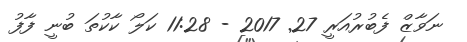
ނަވާޒް ފެބުރުއަރީ 27